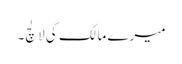
میرے مالک کی لالچ۔